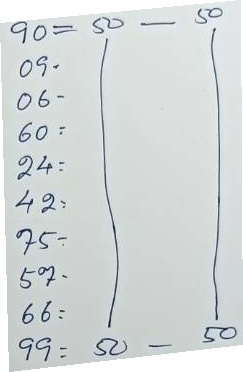
90 = 50 - 50
09 = 50 - 50
06 = 50 - 50
60 = 50 - 50
24 = 50 - 50
42 = 50 - 50
75 = 50 - 50
57 = 50 - 50
66 = 50 - 50
99 = 50 - 50